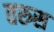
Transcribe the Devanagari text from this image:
तरुस